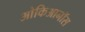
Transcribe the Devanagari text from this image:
ओकिआनॉस